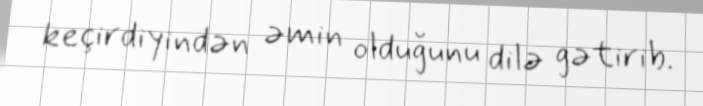
keçirdiyindən əmin olduğunu dilə gətirib.